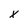
Character: x